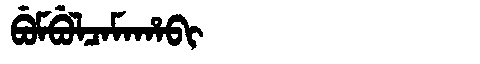
Manchu: ᠪᡠᠮᠪᡠᠯᠴᠠᠮᠠᡥᠠᠪᡳ
Romanization: BUMBULCAMAHABI